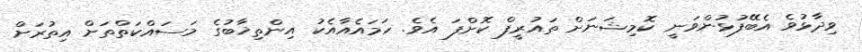
ވިދާޅުވެ އެބޭފުޅުންވަނީ ކޮމިޝަނަށް ތައުރީފް ކޮށްފަ އެވެ. ހަމައެއާއެކު އިންތިޚާބުގެ މަސައްކަތްތަށް އިތުރަށް